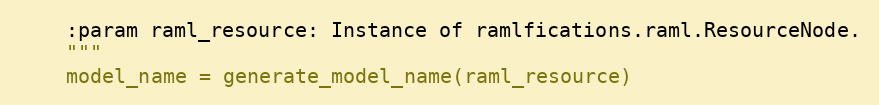
Language: Python
    :param raml_resource: Instance of ramlfications.raml.ResourceNode.
    """
    model_name = generate_model_name(raml_resource)